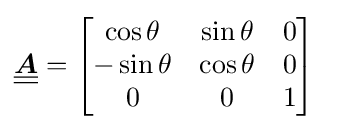
{\underline {\underline {\boldsymbol {A}}}}={\begin{bmatrix}\cos \theta &\sin \theta &0\\-\sin \theta &\cos \theta &0\\0&0&1\end{bmatrix}}~